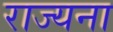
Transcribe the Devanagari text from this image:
राज्यना